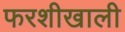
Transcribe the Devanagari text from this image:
फरशीखाली